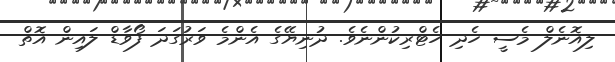
ލިއޮނެލް މެސީ ހެދި ހެޓްރިކުންނެވެ. ދުނިޔޭގެ އެންމެ ވަރުގަދަ ފޯވާޑް ލައިން އޮތް